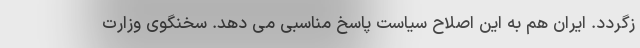
زگردد. ایران هم به این اصلاح سیاست پاسخ مناسبی می دهد. سخنگوی وزارت